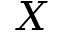
X